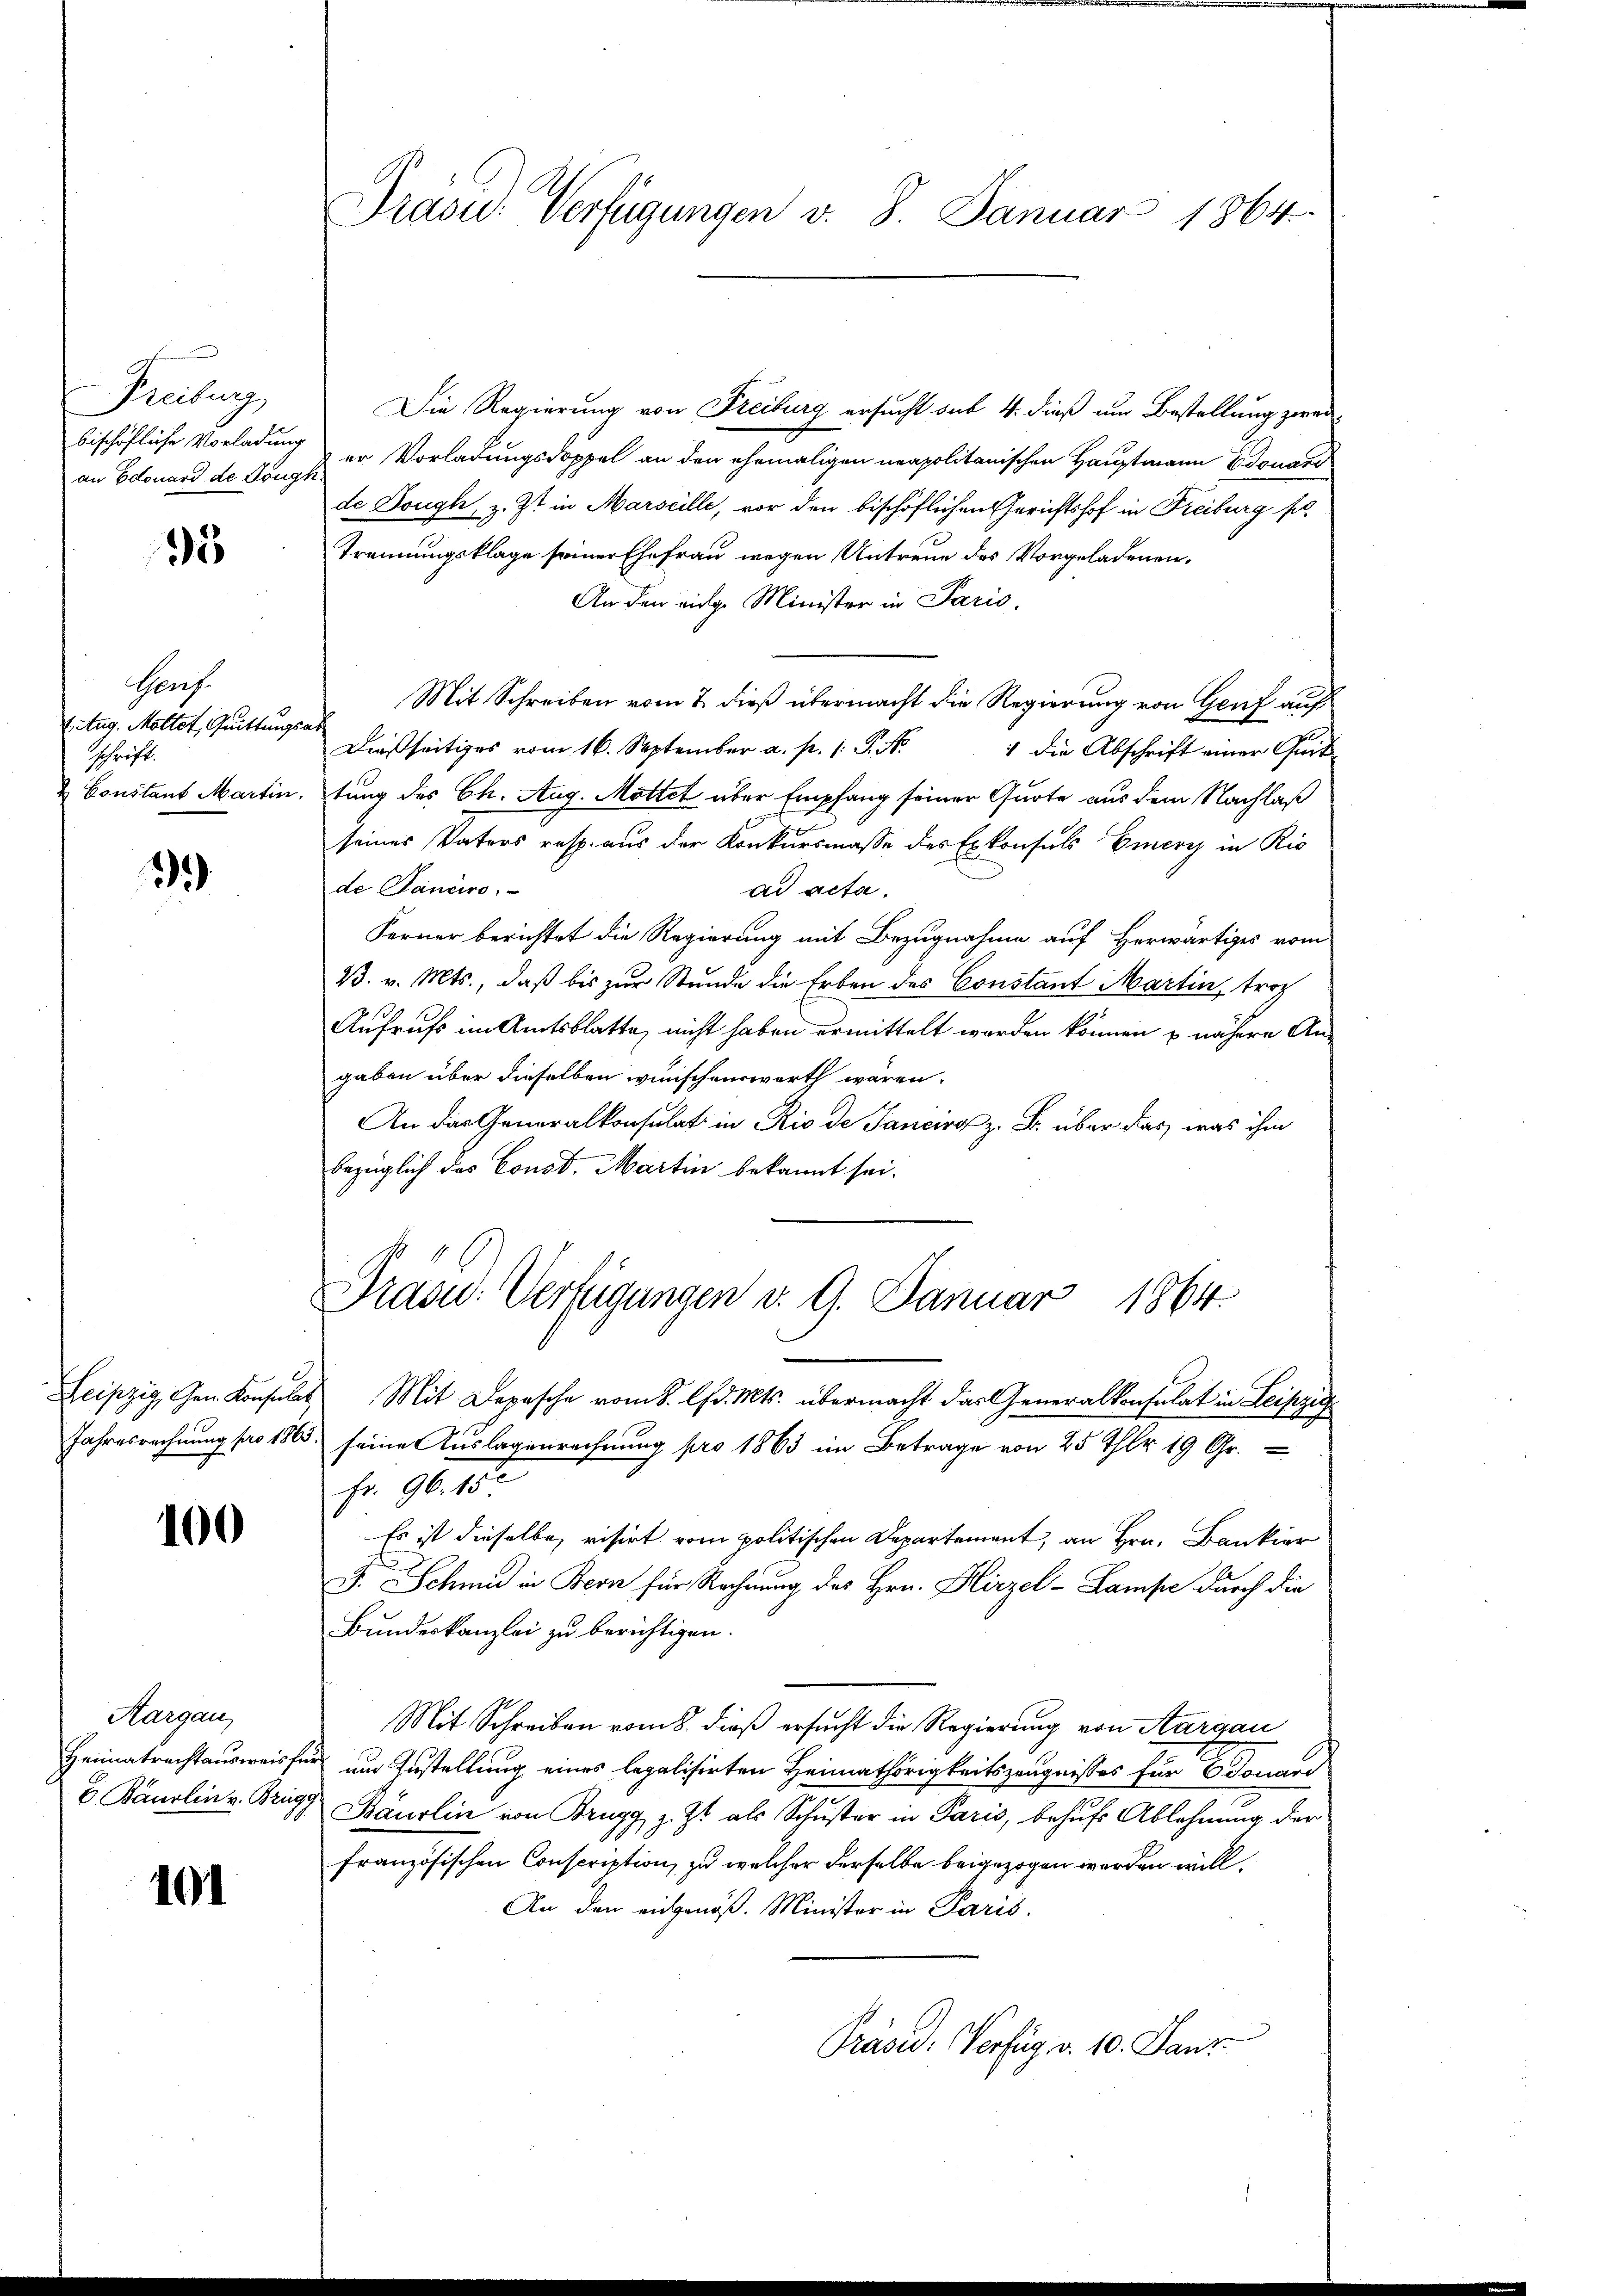
Freiburg
bischöfliche Vorladung
an Edouard de Tong.

95

Genf.
1. Aug. Mottet, Quittungs-
schrift.
 Constant Martin.

2

Leipzig, Gem. Konsula
Jahresrechnung pro 186

100

Aargau,
Heimatrachtausweis
E. Baurlin v. Bru

101

Präsid. Verfügungen v. 8. Januar 1864.

Die Regierung von Freiburg ersucht sub 4. dieß um Bestellung zweier Vorladungsdoppel an den ehemaligen neapolitanischen Hauptmann Edouard
2
de Dough, z. Zt. in Marseille, vor den bischöflichen Gerichtshof in Freiburg sol
Trennungsklage seiner Ehefrau wegen Untreue des Vorgeladenen.
An den eidg. Minister in Paris
Mit Schreiben vom 7. dieß übermacht die Regierung von Genf auf
c
Dießseitiges vom 16. September a. p. P. N. 1 die Abschrift einer Grit
tung des Ch. Aug. Mottet über Empfang seiner Quote aus dem Nachlaß
seines Vaters resp. aus der Konkursmasse des Exkonsuls Emery in Ric
de Janeiro
ad acta.
Ferner berichtet die Regierung mit Bezugnahme auf Herwärtiges vom
23. v. Mts., daß bis zur Stunde die Erben des Constant Martin, trot
Aufrufs im Amtsblatte, nicht haben ermittelt worden können u nähere Angaben über dieselben wünschenswerth wären.
An das Generalkonsulat in Rio de Janeiro z. B. über das, was ihm
bezüglich des Const. Martin bekannt sei.
Praou: Verfügungen d. 9. Januar 1864.
& Mit Depesche vom 8. lfd. Mts. übermacht das Generalkonsulat in Leiste
5. seine Auslagenrechnung pro 1863 im Betrage von 25 Thlr 19 Gr.
fr. 96. 152
Es ist dieselbe visirt vom politischen Departement, an Hrn. Bankier
J. Schmid in Bern für Rechnung des Hrn. Hirzel-Lampe durch die
Bundeskanzlei zu berichtigen.
Mit Schreiben vom 8. dieß ersucht die Regierung von Aargau
ur und Zustellung eines legalisirten Heimathörigkeitszeugnisses für Donaue
Baurlin von Brugg, z. Zt. als Schŭster in Paris, behŭfs Ablehnung der
französischen Conscription, zu welcher derselbe beigezogen werden will.
An den eingenöß. Minister in Paris.
Präsid. Verfüg v. 10. Janz